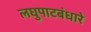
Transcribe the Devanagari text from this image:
लघुपाटबंधारे